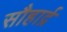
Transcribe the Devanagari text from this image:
सौहार्द्र